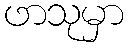
ဖာသုမှာ